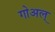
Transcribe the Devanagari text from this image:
गोअल्